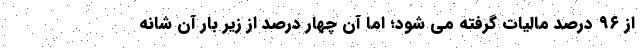
از ۹۶ درصد مالیات گرفته می شود؛ اما آن چهار درصد از زیر بار آن شانه